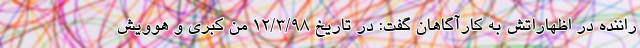
راننده در اظهاراتش به کارآگاهان گفت: در تاریخ ۱۲/۳/۹۸ من کبری و هوویش